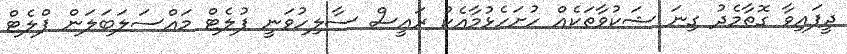
ދީފައިވާ ގޮތާމެދު ގިނަ ޝަކުވާތަކެއް ހުށަހެޅުމާއެކު ރައީސް ސާލިހުވަނީ ފުލެޓް މައްސަލަބަލަން ފްލެޓް